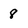
Character: 8